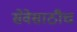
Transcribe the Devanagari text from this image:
सेवेसाठीच